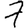
Digit: 7